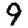
Digit: 9